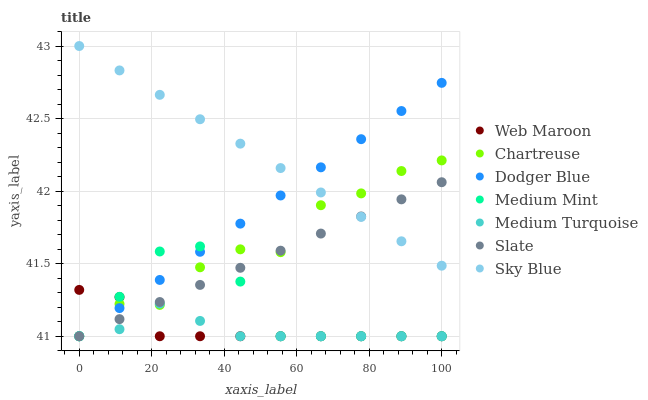
| xaxis_label | Web Maroon | Chartreuse | Dodger Blue | Medium Mint | Medium Turquoise | Slate | Sky Blue |
 | --- | --- | --- | --- | --- | --- | --- | --- |
 | 0 | 41.3 | 41 | 41 | 41 | 41 | 41 | 43 |
 | 11.1 | 41.3 | 41.2 | 41.2 | 41.3 | 41 | 41.1 | 42.8 |
 | 22.2 | 41 | 41.2 | 41.4 | 41.6 | 41.2 | 41.2 | 42.7 |
 | 33.3 | 41 | 41.5 | 41.6 | 41.6 | 41.1 | 41.4 | 42.5 |
 | 44.4 | 41 | 41.6 | 41.8 | 41.4 | 41 | 41.5 | 42.3 |
 | 55.6 | 41 | 41.6 | 42 | 41 | 41 | 41.6 | 42.2 |
 | 66.7 | 41 | 41.9 | 42.2 | 41 | 41 | 41.7 | 42 |
 | 77.8 | 41 | 42 | 42.4 | 41 | 41 | 41.8 | 41.8 |
 | 88.9 | 41 | 42.1 | 42.6 | 41 | 41 | 41.9 | 41.7 |
 | 100 | 41 | 42.2 | 42.7 | 41 | 41 | 42.1 | 41.5 |